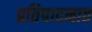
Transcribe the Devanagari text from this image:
प्रतिपादनात